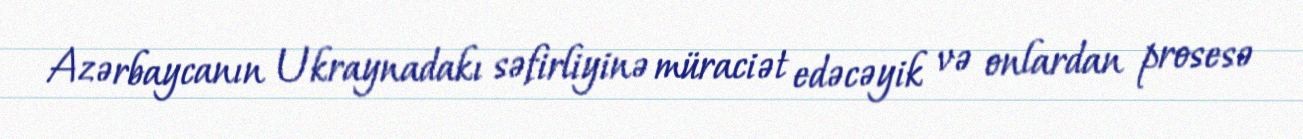
Azərbaycanın Ukraynadakı səfirliyinə müraciət edəcəyik və onlardan prosesə